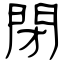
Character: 閉